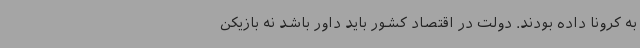
به کرونا داده بودند. دولت در اقتصاد کشور باید داور باشد نه بازیکن